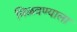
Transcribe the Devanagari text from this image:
मिळवण्याला